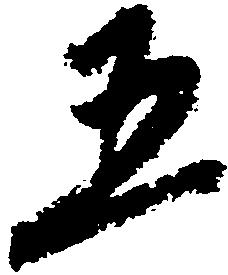
五